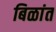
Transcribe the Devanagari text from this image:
बिळांत